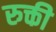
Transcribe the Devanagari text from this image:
रुक्ती